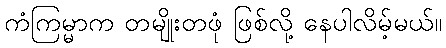
ကံကြမ္မာက တမျိုးတဖုံ ဖြစ်လို့ နေပါလိမ့်မယ်။